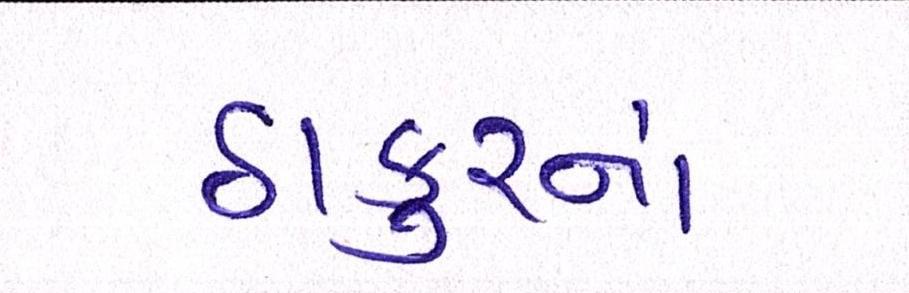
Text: ઠાકુરનાં